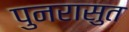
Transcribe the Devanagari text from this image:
पुनरासुत